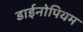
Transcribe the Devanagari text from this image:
डाईनोपियम